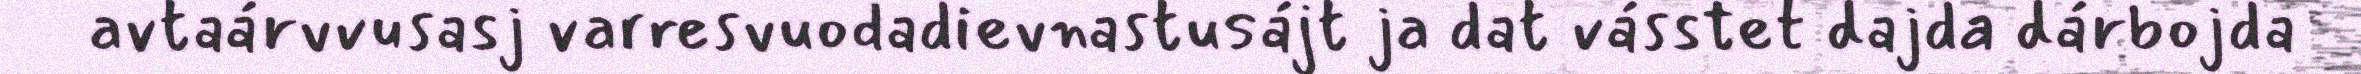
avtaárvvusasj varresvuodadievnastusájt ja dat vásstet dajda dárbojda